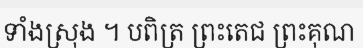
ទាំងស្រុង ។ បពិត្រ ព្រះតេជ ព្រះគុណ